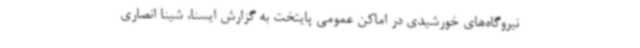
نیروگاه‌های خورشیدی در اماکن عمومی پایتخت به گزارش ایسنا، شینا انصاری